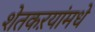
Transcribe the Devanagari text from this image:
शेतकऱयांमधे